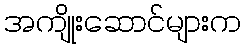
အကျိုးဆောင်များက